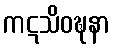
ကဋသိဝဍ္ဎနာ